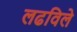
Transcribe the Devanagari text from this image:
लढविले